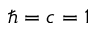
\hbar = c = 1